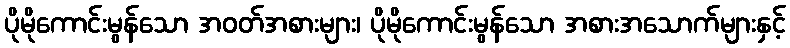
ပိုမိုကောင်းမွန်သော အဝတ်အစားများ၊ ပိုမိုကောင်းမွန်သော အစားအသောက်များနှင့်